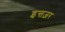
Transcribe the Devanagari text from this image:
इन्तज़र